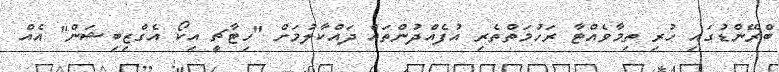
ބްރޭންޑުގައި ހުރި ތިމާވެއްޓާ ރަހުމަތްތެރި އުފެއްދުންތައް ދައްކާލުމަށް "ހިޓާޗީ އިކޯ އެގްޒިބިޝަން" އެއް